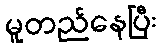
မူတည်နေပြီး